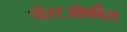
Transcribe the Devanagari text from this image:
पोस्टऑफीस